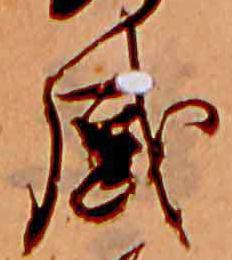
感